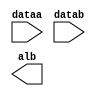
// megafunction wizard: %LPM_COMPARE%VBB%
// GENERATION: STANDARD
// VERSION: WM1.0
// MODULE: lpm_compare 

// ============================================================
// Megafunction Name(s):
// 			lpm_compare
//
// Simulation Library Files(s):
// 			lpm
// ============================================================
// ************************************************************
// THIS IS A WIZARD-GENERATED FILE. DO NOT EDIT THIS FILE!
//
// 9.0 Build 132 02/25/2009 SJ Web Edition
// ************************************************************

//Copyright (C) 1991-2009 Altera Corporation
//Your use of Altera Corporation's design tools, logic functions 
//and other software and tools, and its AMPP partner logic 
//functions, and any output files from any of the foregoing 
//(including device programming or simulation files), and any 
//associated documentation or information are expressly subject 
//to the terms and conditions of the Altera Program License 
//Subscription Agreement, Altera MegaCore Function License 
//Agreement, or other applicable license agreement, including, 
//without limitation, that your use is for the sole purpose of 
//programming logic devices manufactured by Altera and sold by 
//Altera or its authorized distributors.  Please refer to the 
//applicable agreement for further details.

module CMPL_32bit (
	dataa,
	datab,
	alb);

	input	[31:0]  dataa;
	input	[31:0]  datab;
	output	  alb;

endmodule

// ============================================================
// CNX file retrieval info
// ============================================================
// Retrieval info: PRIVATE: AeqB NUMERIC "0"
// Retrieval info: PRIVATE: AgeB NUMERIC "0"
// Retrieval info: PRIVATE: AgtB NUMERIC "0"
// Retrieval info: PRIVATE: AleB NUMERIC "0"
// Retrieval info: PRIVATE: AltB NUMERIC "1"
// Retrieval info: PRIVATE: AneB NUMERIC "0"
// Retrieval info: PRIVATE: INTENDED_DEVICE_FAMILY STRING "Stratix II"
// Retrieval info: PRIVATE: LPM_PIPELINE NUMERIC "0"
// Retrieval info: PRIVATE: Latency NUMERIC "0"
// Retrieval info: PRIVATE: PortBValue NUMERIC "0"
// Retrieval info: PRIVATE: Radix NUMERIC "10"
// Retrieval info: PRIVATE: SYNTH_WRAPPER_GEN_POSTFIX STRING "0"
// Retrieval info: PRIVATE: SignedCompare NUMERIC "0"
// Retrieval info: PRIVATE: aclr NUMERIC "0"
// Retrieval info: PRIVATE: clken NUMERIC "0"
// Retrieval info: PRIVATE: isPortBConstant NUMERIC "0"
// Retrieval info: PRIVATE: nBit NUMERIC "32"
// Retrieval info: CONSTANT: LPM_REPRESENTATION STRING "UNSIGNED"
// Retrieval info: CONSTANT: LPM_TYPE STRING "LPM_COMPARE"
// Retrieval info: CONSTANT: LPM_WIDTH NUMERIC "32"
// Retrieval info: USED_PORT: AlB 0 0 0 0 OUTPUT NODEFVAL AlB
// Retrieval info: USED_PORT: dataa 0 0 32 0 INPUT NODEFVAL dataa[31..0]
// Retrieval info: USED_PORT: datab 0 0 32 0 INPUT NODEFVAL datab[31..0]
// Retrieval info: CONNECT: AlB 0 0 0 0 @AlB 0 0 0 0
// Retrieval info: CONNECT: @dataa 0 0 32 0 dataa 0 0 32 0
// Retrieval info: CONNECT: @datab 0 0 32 0 datab 0 0 32 0
// Retrieval info: LIBRARY: lpm lpm.lpm_components.all
// Retrieval info: GEN_FILE: TYPE_NORMAL CMPL_32bit.v TRUE
// Retrieval info: GEN_FILE: TYPE_NORMAL CMPL_32bit.inc FALSE
// Retrieval info: GEN_FILE: TYPE_NORMAL CMPL_32bit.cmp TRUE
// Retrieval info: GEN_FILE: TYPE_NORMAL CMPL_32bit.bsf TRUE FALSE
// Retrieval info: GEN_FILE: TYPE_NORMAL CMPL_32bit_inst.v FALSE
// Retrieval info: GEN_FILE: TYPE_NORMAL CMPL_32bit_bb.v TRUE
// Retrieval info: GEN_FILE: TYPE_NORMAL CMPL_32bit_waveforms.html TRUE
// Retrieval info: GEN_FILE: TYPE_NORMAL CMPL_32bit_wave*.jpg FALSE
// Retrieval info: LIB_FILE: lpm